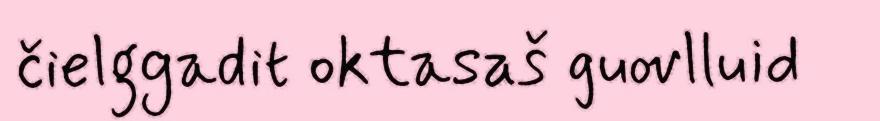
čielggadit oktasaš guovlluid